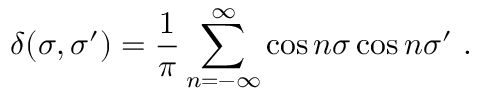
\delta ( \sigma , \sigma ^ { \prime } ) = \frac { 1 } { \pi } \sum _ { n = - \infty } ^ { \infty } \cos n \sigma \cos n \sigma ^ { \prime } \ .